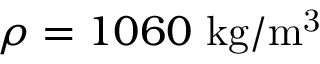
\rho = 1 0 6 0 \ \mathrm { k g / m ^ { 3 } }